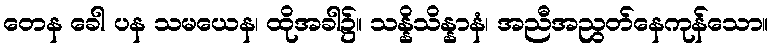
တေန ခေါ ပန သမယေန၊ ထိုအခါ၌။ သန္နိသိန္နာနံ၊ အညီအညွတ်နေကုန်သော။